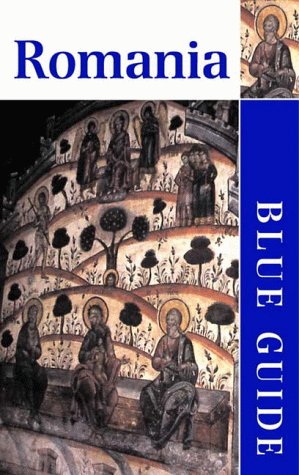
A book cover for Blue Guide Romania (Blue Guides); Caroline Juler; Travel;